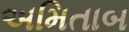
અમિતાબ